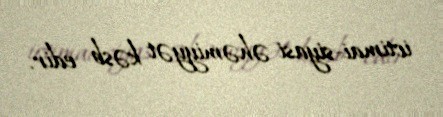
ictimai-siyasi əhəmiyyət kəsb edir.